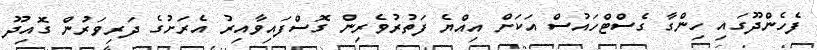
ފެހެންދޫގައި ހިންގާ ގެސްޓްހައުސް އަކަށް އިއްޔެ ފަތުރުވެރިން ގޮސްފައިވާއިރު އެރަށުގެ ދަރިވަރުން ގޮއިދޫ